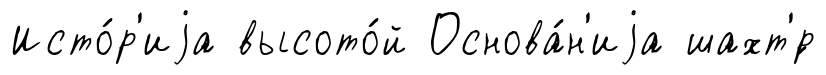
Исто́р'иjа высото́й Основа́н'иjа шахт'́р